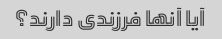
آیا آنها فرزندی دارند؟